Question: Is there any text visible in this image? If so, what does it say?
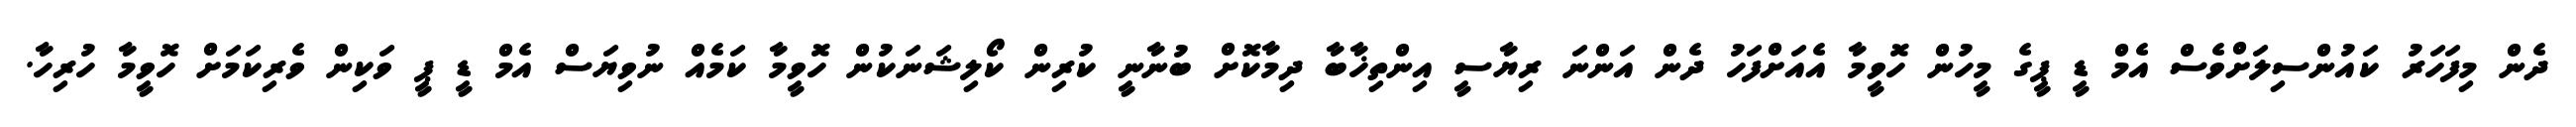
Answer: ދެން މިފަހަރު ކައުންސިލަށްވެސް އެމް ޑީ ޕީގެ މީހުން ހޮވީމާ އެއަށްފަހު ދެން އަންނަ ރިޔާސީ އިންތިޚާބާ ދިމާކޮށް ބުނާނީ ކުރިން ކޯލިޝަނަކުން ހޮވީމާ ކަމެއް ނުވިޔަސް އެމް ޑީ ޕީ ވަކިން ވެރިކަމަށް ހޮވީމާ ހުރިހާ.